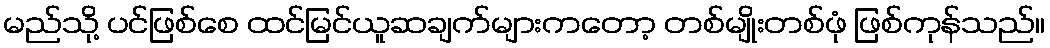
မည်သို့ ပင်ဖြစ်စေ ထင်မြင်ယူဆချက်များကတော့ တစ်မျိုးတစ်ဖုံ ဖြစ်ကုန်သည်။